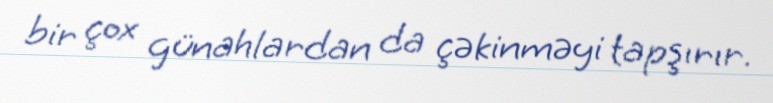
bir çox günahlardan da çəkinməyi tapşırır.